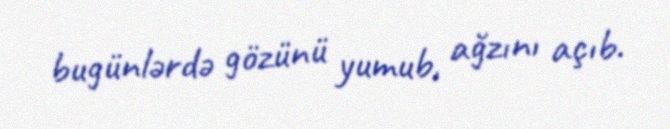
bugünlərdə gözünü yumub, ağzını açıb.